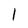
Character: l